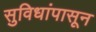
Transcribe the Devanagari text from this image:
सुविधांपासून